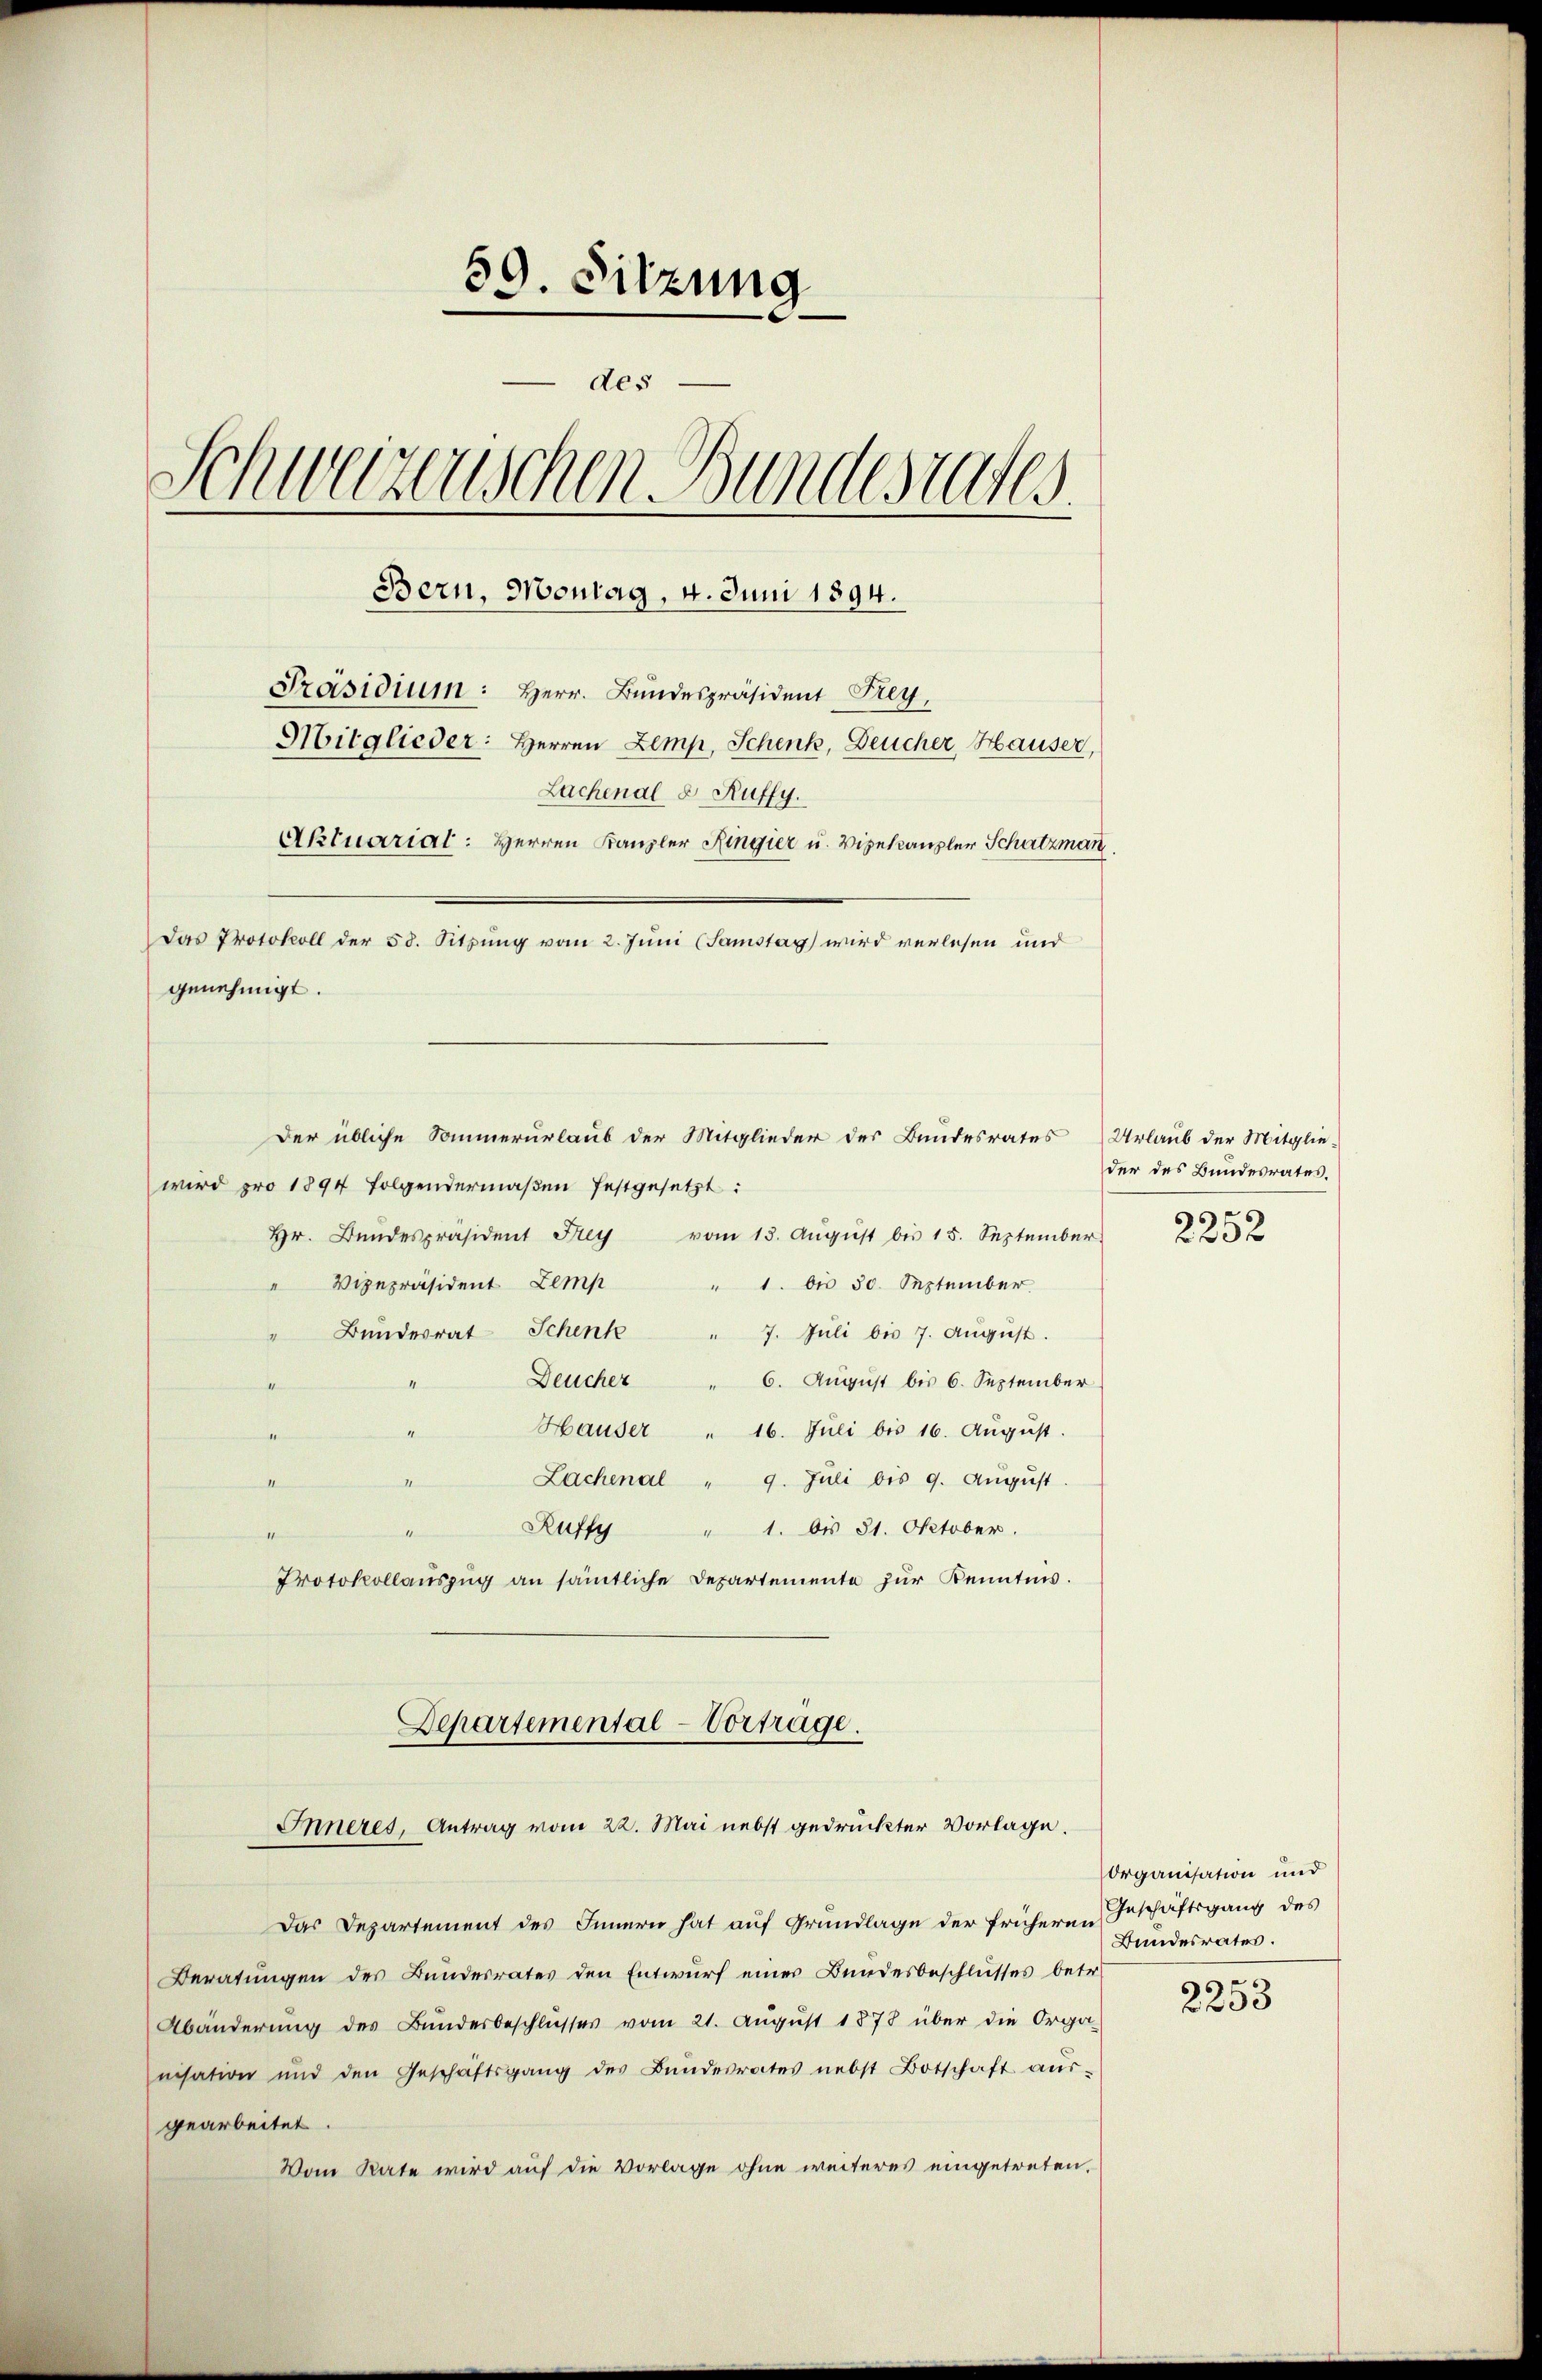
59. Sitzung
des
Schweizerischen Bundesrates.
Bern, Montag, 4. Juni 1894.
Präsidium: Herr. Bundespräsident Frey,
Mitglieder: Herren Zemp, Schenk, Deucher, Hauser,
Lachenal & Ruffy.
Aktuarial: Herren Kanzler Ringier u. Vizekanzler Schatzman

wird pro 1894 folgendermaßen festgesetzt:
Hr. Bŭndespräsident Frey vom 13. Aŭgŭst bis 15. September
" Vizepräsident Zemp
" 1. bis 30. September
Bŭndesrat Schenk " 7. Jŭli bis 7. Aŭgŭst.
Deucher " 6. Aŭgŭst bis 6. September
Hauser " 16. Juli bis 16. Aŭgŭst.
mchen
" Lachenal " 9. Juli bis 9. Aŭgŭst.
d
Ruffy " 1. bis 31. Oktober.
s
Protokollauszug an sämtliche Departemente zur Kenntnis.
Departemental-Vortrage.

Das Protokoll der 58. Sitzung vom 2. Juni (Samstag wird verlesen und
genehmigt.

Der übliche Sommerurlaub der Mitglieder des Bundesrates Urlaub der Mitglie¬

Inneres, Antrag vom 22. Mai nebst gedruckter Vorlage.

Das Departement des Innern hat auf Grundlage der früheren Geschäftsgang des
Beratungen des Bundesrates den Entwurf einer Bundesbeschlusses betr.
Abänderung des Bundesbeschlŭsses vom 21. Aŭgŭst 1878 über die Orga-
nisation und den Geschäftsgang des Bŭndesrates nebst Botschaft aŭs-
gearbeitet.
Vom Rate wird auf die Vorlage ohne weiteres eingetreten,

der des Bundesrates.
2252

Organisation und
Bundesrates.

2253